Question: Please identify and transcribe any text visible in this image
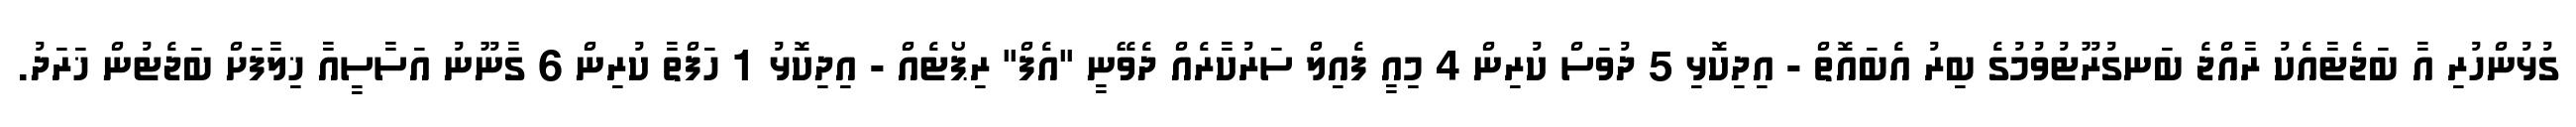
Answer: ގުޅުންހުރި އާ ބަޖެޓާއެކު ރާއްޖެ ބަނގުރޫޓުވުމުގެ ބިރު އެބައޮތް - އިދިކޮޅި 5 ދުވަސް ކުރިން 4 މިއީ ފެއިލް ސަރުކާރެއް ދެވޭނީ "އެފް" ރިޕޯޓެއް - އިދިކޮޅު 1 ހަފްތާ ކުރިން 6 ގާނޫނު އަސާސީއާ ޚިލާފަށް ބަޖެޓުން ޚަރަދު.